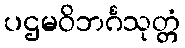
ပဌမဝိဘင်္ဂသုတ္တံ